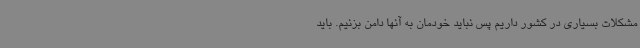
مشکلات بسیاری در کشور داریم پس نباید خودمان به آنها دامن بزنیم. باید